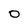
Character: 0